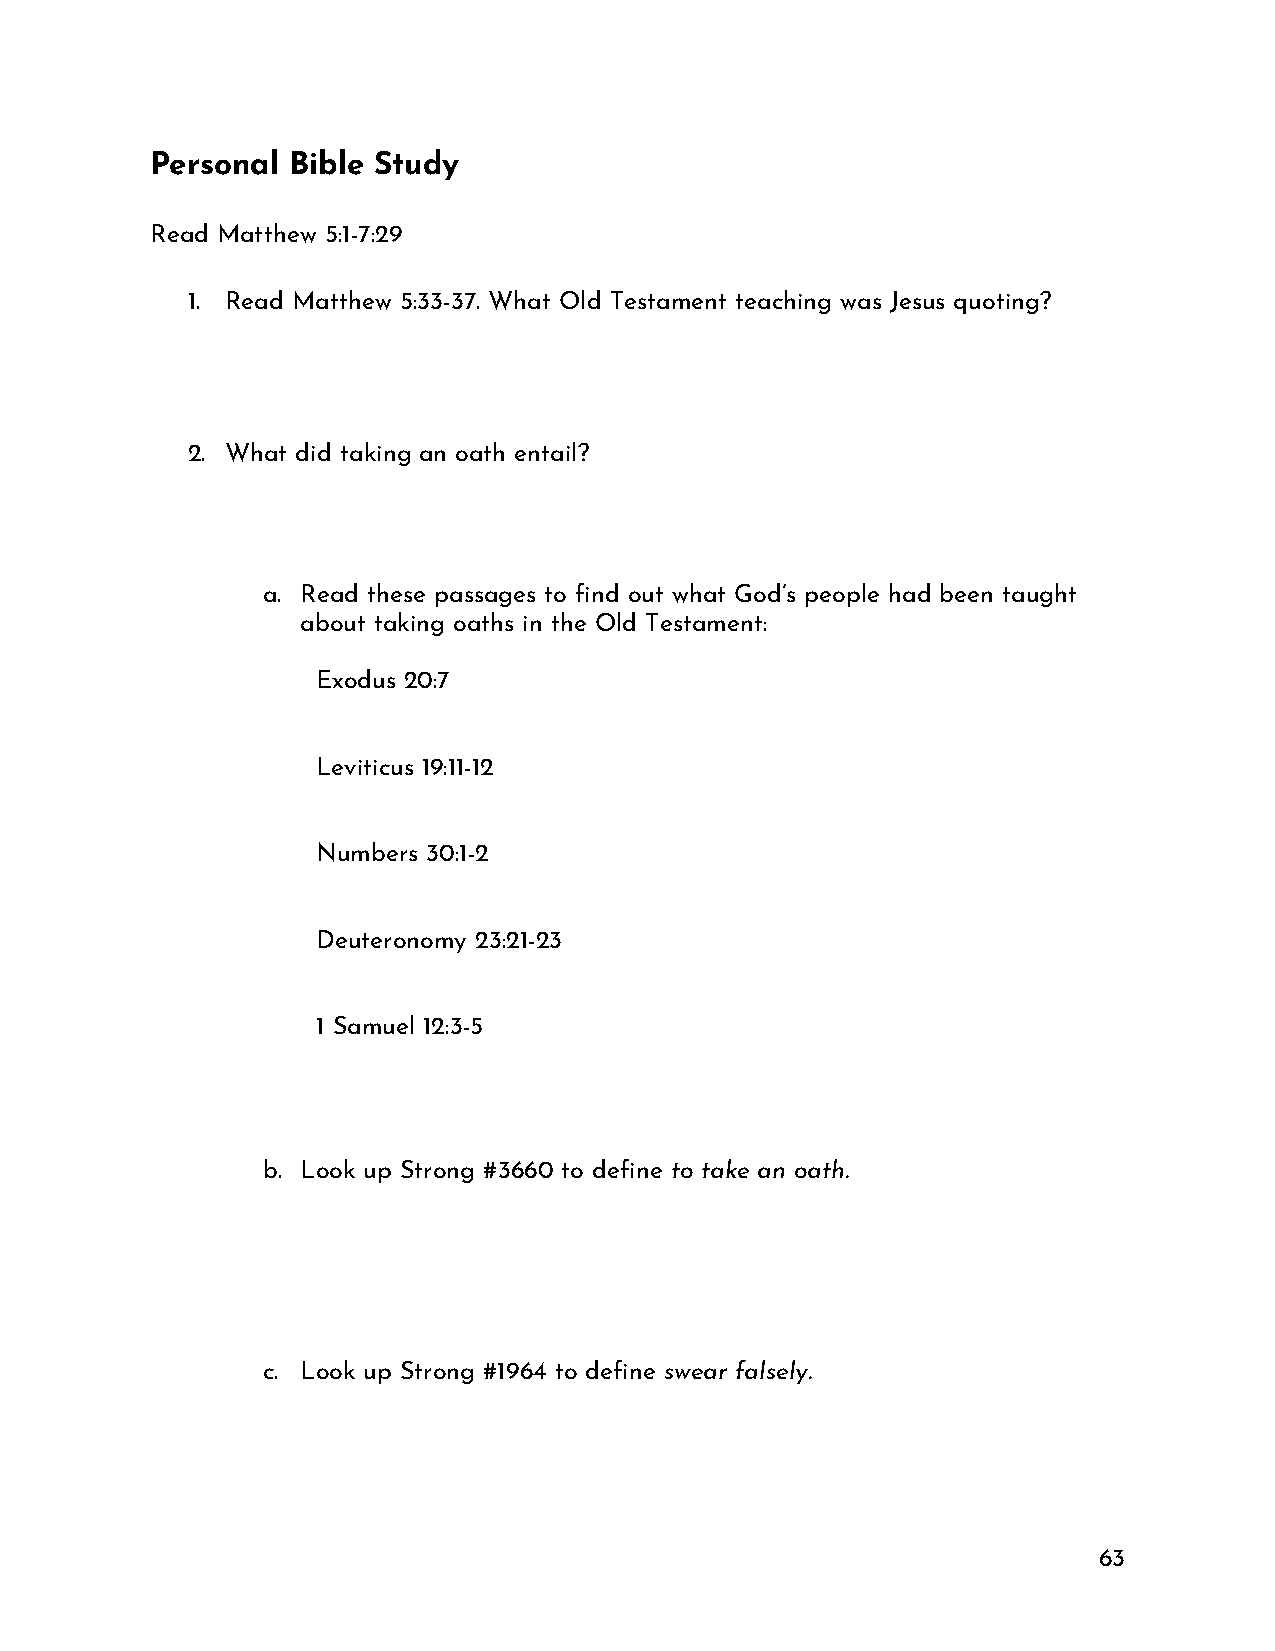
Personal Bible Study
 Read Matthew 5:1-7:29
 1. Read Matthew 5:33-37. What Old Testament teaching was Jesus quoting?
 2. What did taking an oath entail?
 a. Read these passages to find out what God’s people had been taught
 about taking oaths in the Old Testament:
 Exodus 20:7
 Leviticus 19:11-12
 Numbers 30:1-2
 Deuteronomy 23:21-23
 1 Samuel 12:3-5
 b. Look up Strong #3660 to define to take an oath.
 c. Look up Strong #1964 to define swear falsely.
 63